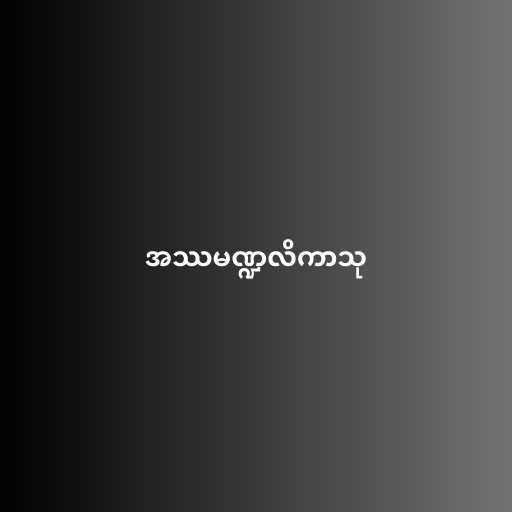
အဿမဏ္ဍလိကာသု